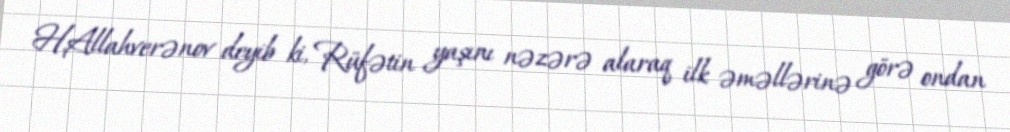
H.Allahverənov deyib ki, Rüfətin yaşını nəzərə alaraq ilk əməllərinə görə ondan